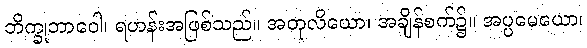
ဘိက္ခုဘာဝေါ၊ ရဟန်းအဖြစ်သည်။ အတုလိယော၊ အချိန်စက်၌။ အပ္ပမေယော၊